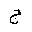
Letter: _gim